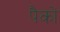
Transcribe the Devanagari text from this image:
पैकों